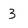
Character: 3